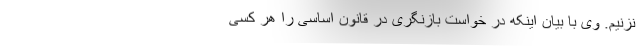
نزنیم. وی با بیان اینکه در خواست بازنگری در قانون اساسی را هر کسی